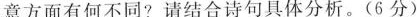
意方面有何不同?请结合诗句具体分析。(6分)